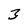
Character: 3